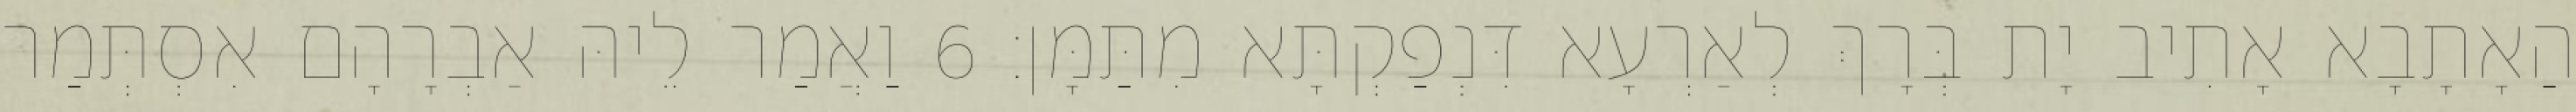
הַאָתָבָא אָתִיב יָת בְּרָךְ לְאַרְעָא דִּנְפַקְתָּא מִתַּמָּן׃ 6 וַאֲמַר לֵיהּ אַבְרָהָם אִסְתְּמַר